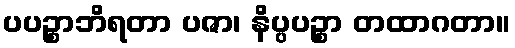
ပပဉ္စာဘိရတာ ပဇာ၊ နိပ္ပပဉ္စာ တထာဂတာ။